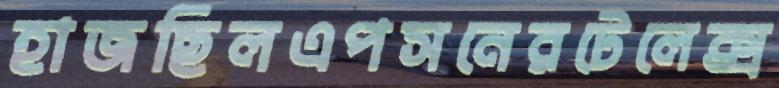
হাজছিলএপসনেরটেলেক্স